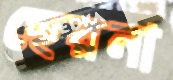
ছেরনা